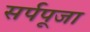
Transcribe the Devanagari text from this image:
सर्पपूजा